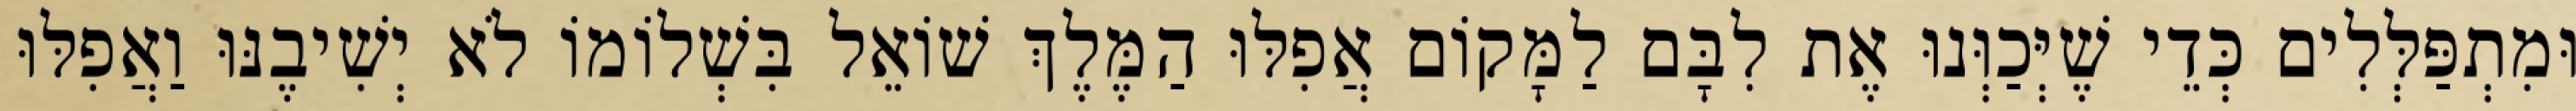
וּמִתְפַּלְּלִים כְּדֵי שֶׁיְּכַוְּנוּ אֶת לִבָּם לַמָּקוֹם אֲפִלּוּ הַמֶּלֶךְ שׁוֹאֵל בִּשְׁלוֹמוֹ לֹא יְשִׁיבֶנּוּ וַאֲפִלּוּ